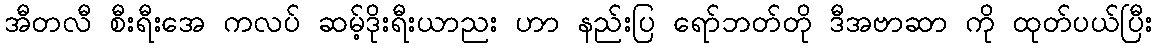
အီတလီ စီးရီးအေ ကလပ် ဆမ့်ဒိုးရီးယာညး ဟာ နည်းပြ ရော်ဘတ်တို ဒီအဗာဆာ ကို ထုတ်ပယ်ပြီး